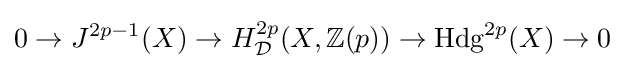
0\to J^{2p-1}(X)\to H_{\mathcal {D}}^{2p}(X,\mathbb {Z} (p))\to {\text{Hdg}}^{2p}(X)\to 0